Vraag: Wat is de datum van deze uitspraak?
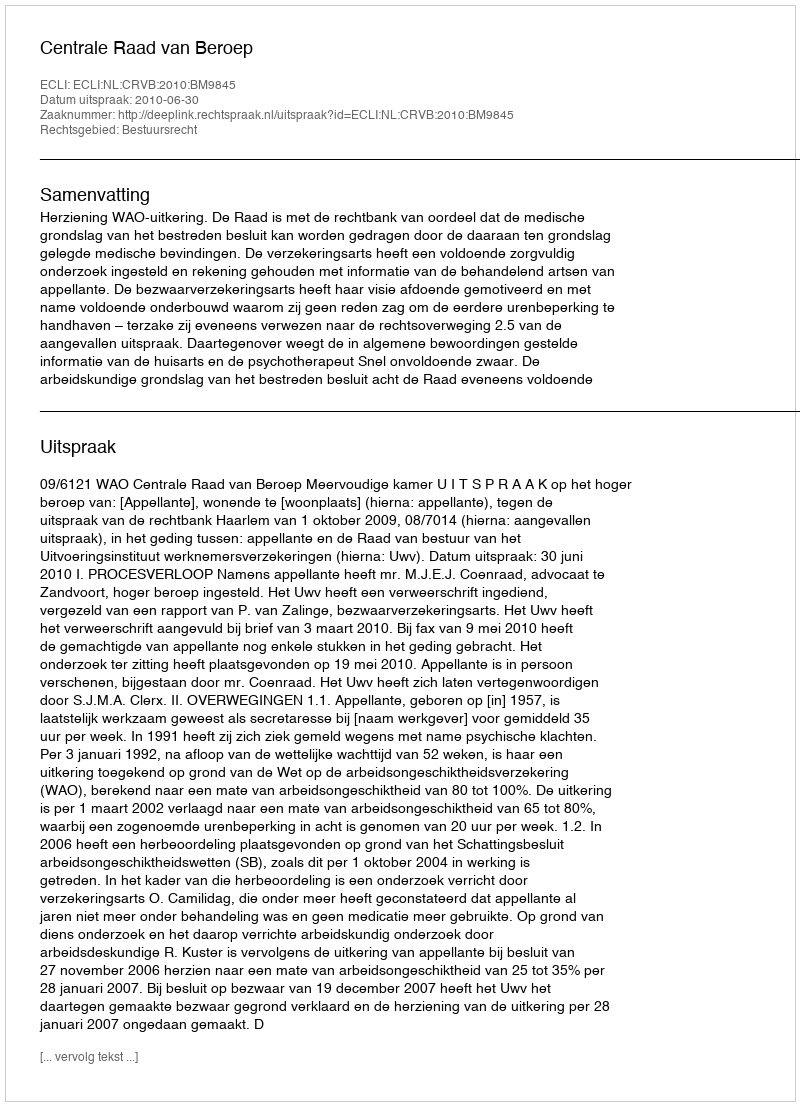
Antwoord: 2010-06-30